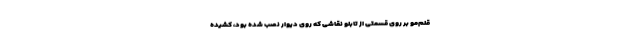
قلم‌مو بر روی قسمتی از تابلو نقاشی که روی دیوار نصب شده بود، کشیده